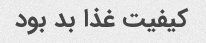
کیفیت غذا بد بود